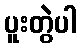
ပူးတွဲပါ